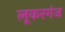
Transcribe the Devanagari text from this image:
लूकरगंज